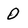
Character: 0